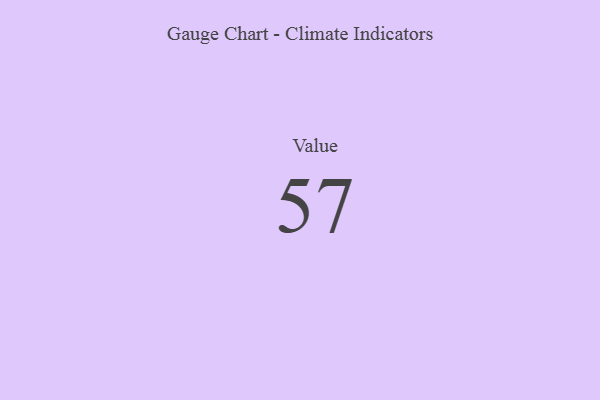
{"axis": {"x": "Metric", "y": "Value"}, "legend": [""], "data": [{"x": "Value", "y": 57, "type": ""}]}